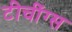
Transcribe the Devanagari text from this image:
टीचींग्स